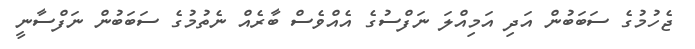
ޖެހުމުގެ ސަބަބުން އަދި އަމިއްލަ ނަފްސުގެ އެއްވެސް ބާރެއް ނެތުމުގެ ސަބަބުން ނަފްސާނީ